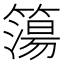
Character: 簜